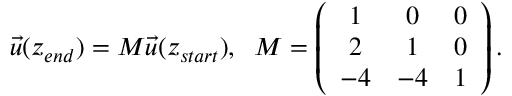
\vec { u } ( z _ { e n d } ) = M \vec { u } ( z _ { s t a r t } ) , \; \; M = \left( \begin{array} { c c c } { { 1 } } & { { 0 } } & { { 0 } } \\ { { 2 } } & { { 1 } } & { { 0 } } \\ { { - 4 } } & { { - 4 } } & { { 1 } } \end{array} \right) .